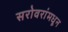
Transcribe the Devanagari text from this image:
सरोवरांमधून